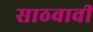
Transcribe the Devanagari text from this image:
साठवावी